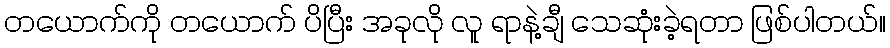
တယောက်ကို တယောက် ပိပြီး အခုလို လူ ရာနဲ့ချီ သေဆုံးခဲ့ရတာ ဖြစ်ပါတယ်။